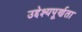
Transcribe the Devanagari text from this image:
उद्देश्यपूर्णता